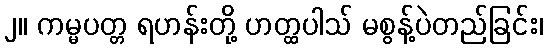
၂။ ကမ္မပတ္တ ရဟန်းတို့ ဟတ္ထပါသ် မစွန့်ပဲတည်ခြင်း၊